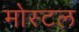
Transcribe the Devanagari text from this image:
मोस्टल